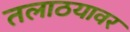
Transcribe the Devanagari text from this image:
तलाठयावर